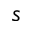
s